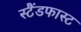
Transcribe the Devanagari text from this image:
स्टैंडफास्ट